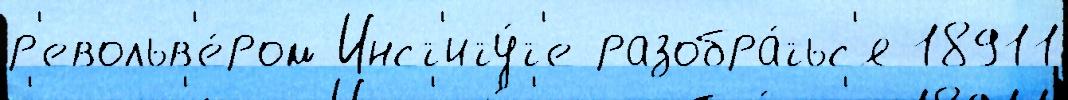
р'евольв'е́ром Инст'иту́т'е разобра́тьс'я 18911